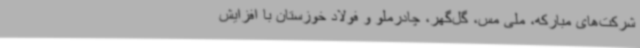
شرکت‌های مبارکه، ملی مس، گل‌گهر، چادرملو و فولاد خوزستان با افزایش